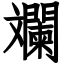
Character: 斕